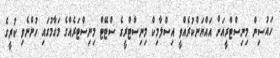
ހައުސިން މިނިސްޓްރީއަށް އައްޔަންކުރެއްވީ އިސްލާމިކް މިނިސްޓްރީގެ ސްޓޭޓް މިނިސްޓަރެއްގެ މަގާމުގައި ހުންނެވި ކުރީގެ